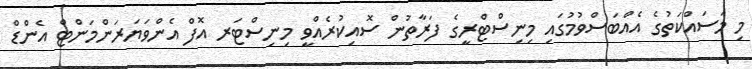
މި މަސައްކަތުގެ އެއްބަސްވުމުގައި މިނިސްޓްރީގެ ފަރާތުން ސޮއިކުރެއްވީ މިނިސްޓަރ އޮފް އެންވަޔަރަންމަންޓް އެންޑް